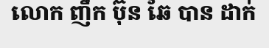
លោក ញឹក ប៊ុន ឆៃ បាន ដាក់